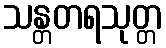
သန္တတရသုတ္တ